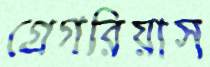
গ্রেগরিয়াস